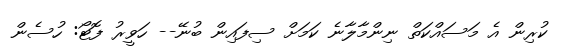
ކުރިން އެ މަސައްކަތް ނިންމާލާނެ ކަމަށް ސިފައިން ބުނޭ-- ހަވީރު ފޮޓޯ: ހުސެން